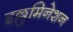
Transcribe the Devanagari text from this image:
इल्लुमिनेशन